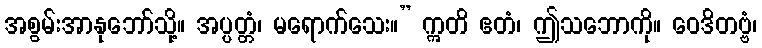
အစွမ်းအာနုဘော်သို့။ အပ္ပတ္တံ၊ မရောက်သေး။” ဣတိ ဧတံ၊ ဤသဘောကို။ ဝေဒိတဗ္ဗံ၊